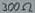
Text: 300Ω